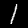
Digit: 1